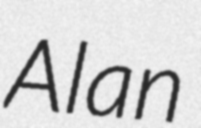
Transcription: Alan